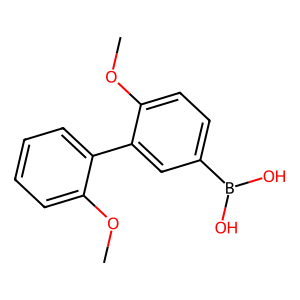
SMILES: COc1ccccc1-c1cc(B(O)O)ccc1OC
Inhibits HIV replication: No